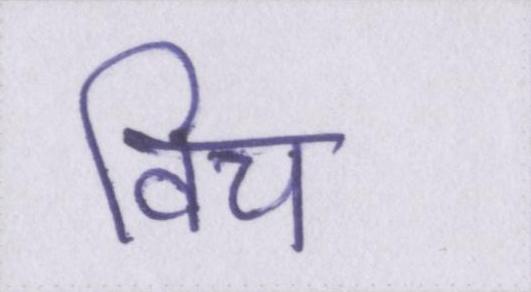
विच